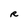
Character: R